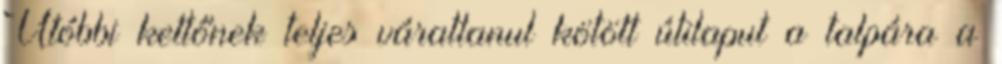
Utóbbi kettőnek teljes váratlanul kötött útilaput a talpára a